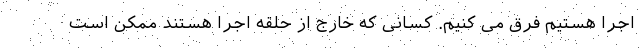
اجرا هستیم فرق می کنیم. کسانی که خارج از حلقه اجرا هستند ممکن است